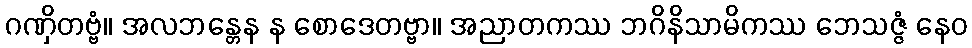
ဂဏှိတဗ္ဗံ။ အလဘန္တေန န စောဒေတဗ္ဗာ။ အညာတကဿ ဘဂိနိသာမိကဿ ဘေသဇ္ဇံ နေဝ